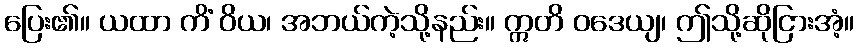
ပြေး၏။ ယထာ ကိံ ဝိယ၊ အဘယ်ကဲ့သို့နည်း။ ဣတိ ဝဒေယျ၊ ဤသို့ဆိုငြားအံ့။